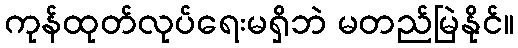
ကုန်ထုတ်လုပ်ရေးမရှိဘဲ မတည်မြဲနိုင်။